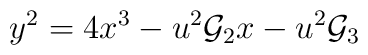
y^{2}=4x^{3}-u^{2}{\cal{G}}_{2}x-u^{2}{\cal{G}}_{3}